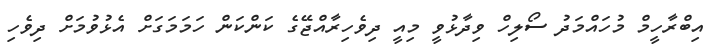
އިބްރާހީމް މުހައްމަދު ސޯލިހް ވިދާޅުވީ މިއީ ދިވެހިރާއްޖޭގެ ކަންކަން ހަމަމަގަށް އެޅުވުމަށް ދިވެހި